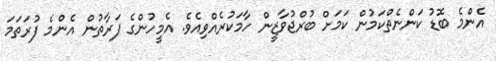
އެންމެ ބޮޑު ކަންނެތްކަމުން ކަމަށް ބުރްޖުވާޒީން ހާމަކުރެއްވިއެވެ. އެމީހުންގެ ފަރާތުން އެންމެ ފުރަތަމަ